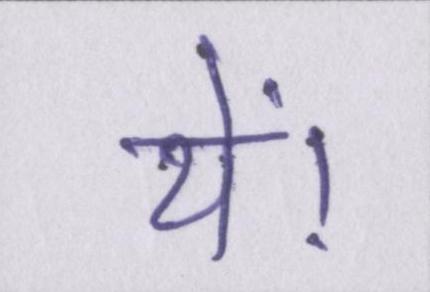
थें।